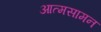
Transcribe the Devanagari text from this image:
आत्मसामन